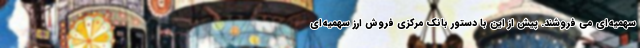
سهمیه‌ای می فروشند. پیش از این با دستور بانک مرکزی فروش ارز سهمیه‌ای